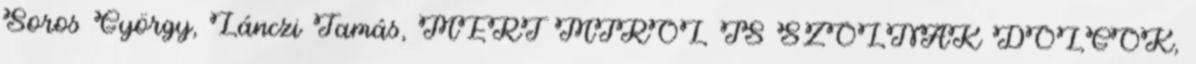
Soros György, Lánczi Tamás, MERT MIRŐL IS SZÓLNAK DOLGOK,